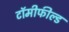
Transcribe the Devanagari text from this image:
टॉमीफील्ड